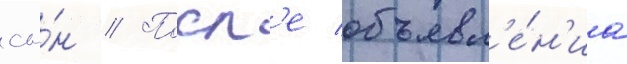
сы́н // Посл'е объявл'е́н'иа